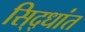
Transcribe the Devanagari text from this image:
सि्द्धांत